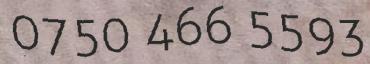
0750 466 5593